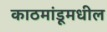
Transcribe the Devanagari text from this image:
काठमांडूमधील